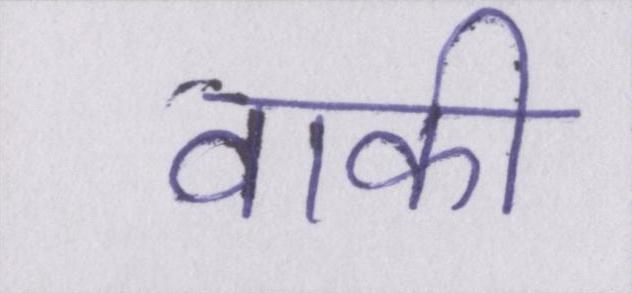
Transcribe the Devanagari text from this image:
वाकी